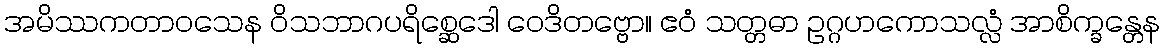
အမိဿကတာဝသေန ဝိသဘာဂပရိစ္ဆေဒေါ ဝေဒိတဗ္ဗော။ ဧဝံ သတ္တဓာ ဥဂ္ဂဟကောသလ္လံ အာစိက္ခန္တေန